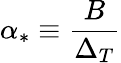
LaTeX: \alpha_{\ast}\equiv\frac{B}{\Delta_{T}}